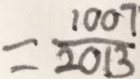
= \frac { 1 0 0 7 } { 2 0 1 3 }